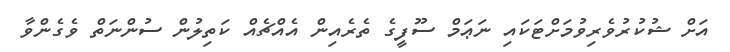
އަށް ޝުކުރުވެރިވުމަށްޓަކައި ނަޢަމް ސޫފީގެ ތެރެއިން އެއްޗެއް ކަތިލުން ސުންނަތް ވެގެންވާ